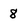
Character: 8